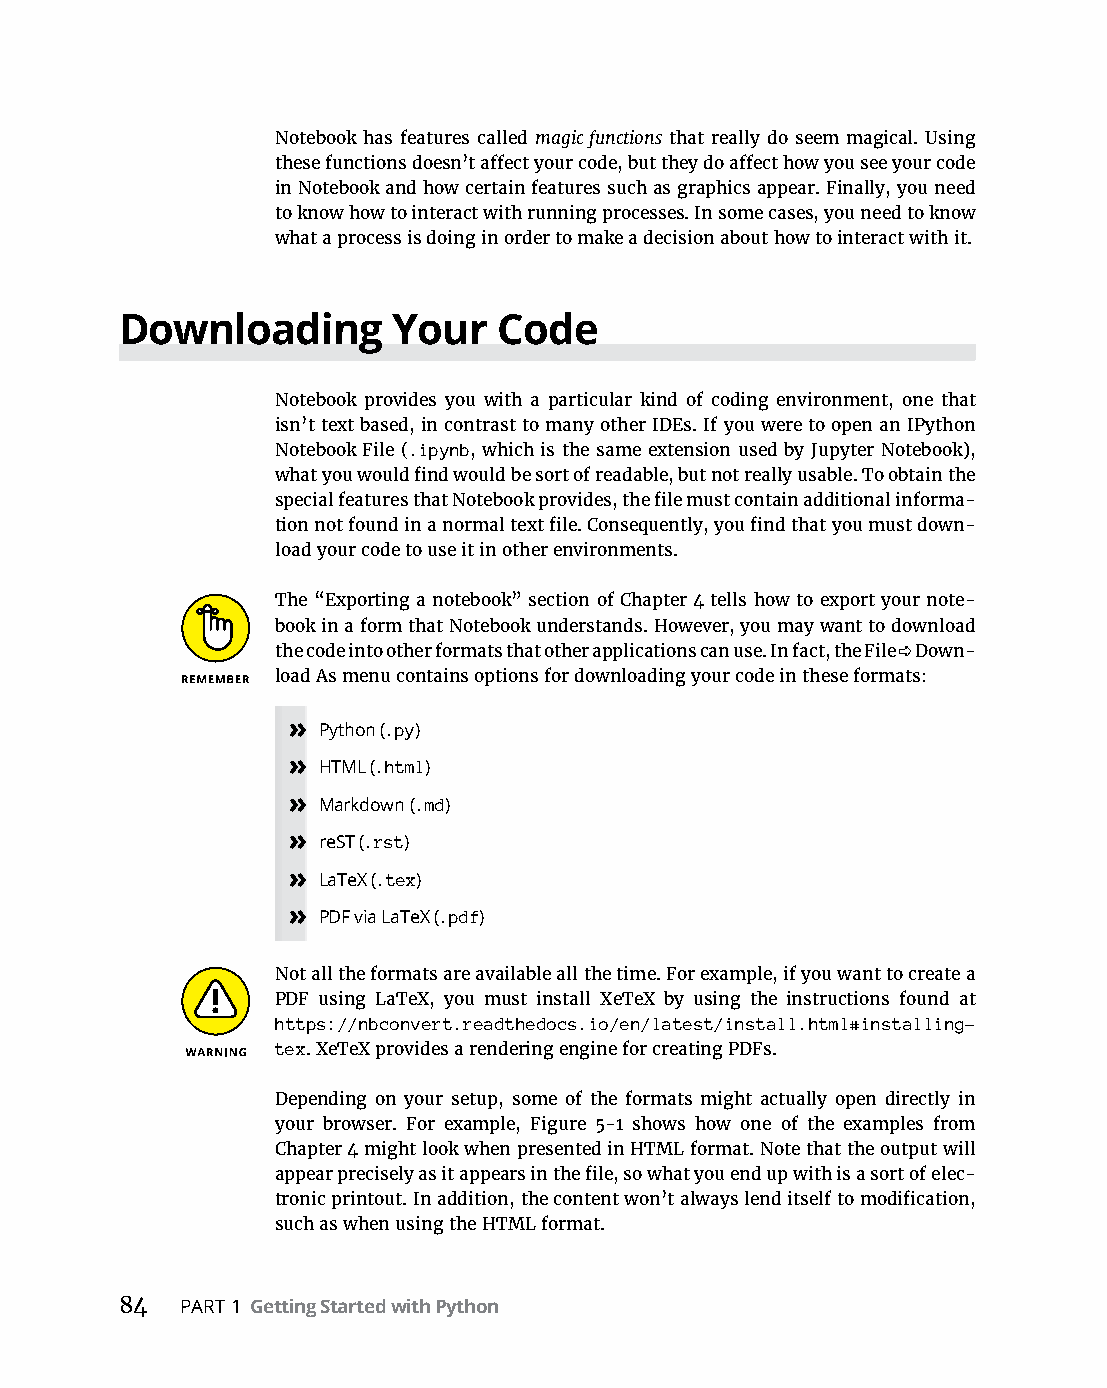
Notebook has features called magic functions that really do seem magical. Using
 these functions doesn’t affect your code, but they do affect how you see your code
 in Notebook and how certain features such as graphics appear. Finally, you need
 to know how to interact with running processes. In some cases, you need to know
 what a process is doing in order to make a decision about how to interact with it.
 Downloading       Your   Code
 Notebook provides you with a particular kind of coding environment, one that
 isn’t text based, in contrast to many other IDEs. If you were to open an IPython
 Notebook File (.ipynb, which is the same extension used by Jupyter Notebook),
 what you would find would be sort of readable, but not really usable. To obtain the
 special features that Notebook provides, the file must contain additional informa-
 tion not found in a normal text file. Consequently, you find that you must down-
 load your code to use it in other environments.
 The “Exporting a notebook” section of Chapter 4 tells how to export your note-
 book in a form that Notebook understands. However, you may want to download
 the code into other formats that other applications can use. In fact, the File ➪ Down-
 load As menu contains options for downloading your code in these formats:
 » Python (.py)
 » HTML (.html)
 » Markdown (.md)
 » reST (.rst)
 » LaTeX (.tex)
 » PDF via LaTeX (.pdf)
 Not all the formats are available all the time. For example, if you want to create a
 PDF using LaTeX, you must install XeTeX by using the instructions found at
 https://nbconvert.readthedocs.io/en/latest/install.html#installing-
 tex. XeTeX provides a rendering engine for creating PDFs.
 Depending on your setup, some of the formats might actually open directly in
 your browser. For example, Figure 5-1 shows how one of the examples from
 Chapter 4 might look when presented in HTML format. Note that the output will
 appear precisely as it appears in the file, so what you end up with is a sort of elec-
 tronic printout. In addition, the content won’t always lend itself to modification,
 such as when using the HTML format.
 84  PART 1 Getting Started with Python